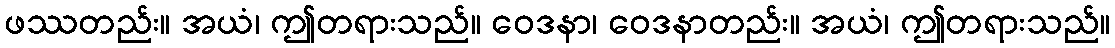
ဖဿတည်း။ အယံ၊ ဤတရားသည်။ ဝေဒနာ၊ ဝေဒနာတည်း။ အယံ၊ ဤတရားသည်။